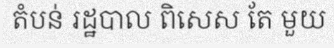
តំបន់ រដ្ឋបាល ពិសេស តែ មួយ